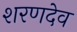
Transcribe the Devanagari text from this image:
शरणदेव